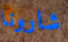
شارونا